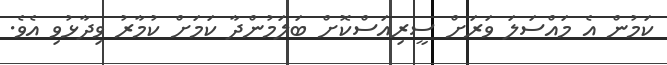
ކަމުން އެ މައްސަލަ ވަރަށް ސީރިއަސްކޮށް ބަލަމުންދާ ކަމަށް ކުމާރު ވިދާޅުވި އެވެ.